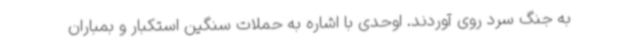
به جنگ سرد روی آوردند. اوحدی با اشاره به حملات سنگین استکبار و بمباران